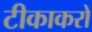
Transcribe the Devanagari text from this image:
टीकाकरों